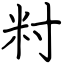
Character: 籿